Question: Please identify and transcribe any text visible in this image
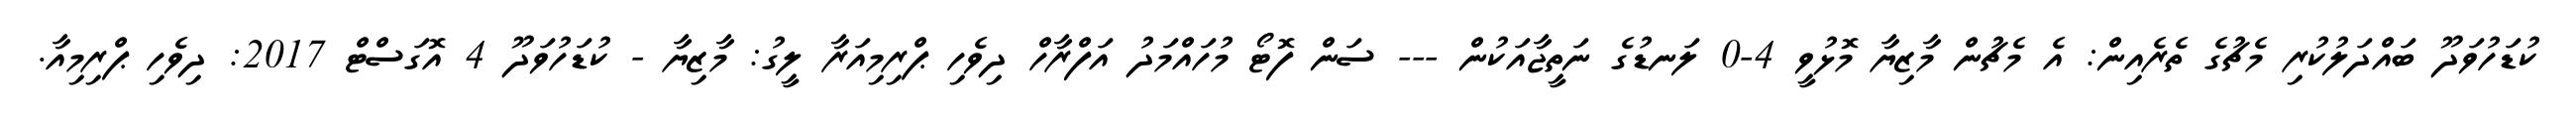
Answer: ކުޑަހުވަދޫ ބައްދަލުކުރި މެޗުގެ ތެރެއިން: އެ މެޗުން މާޒިޔާ މޮޅުވީ 4-0 ލަނޑުގެ ނަތީޖާއަކުން --- ސަން ފޮޓޯ މުހައްމަދު އަފްރާހް ދިވެހި ޕްރިމިއަރާ ލީގު: މާޒިޔާ - ކުޑަހުވަދޫ 4 އޮގަސްޓް 2017: ދިވެހި ޕްރިމިއާ.